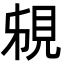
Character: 䙻